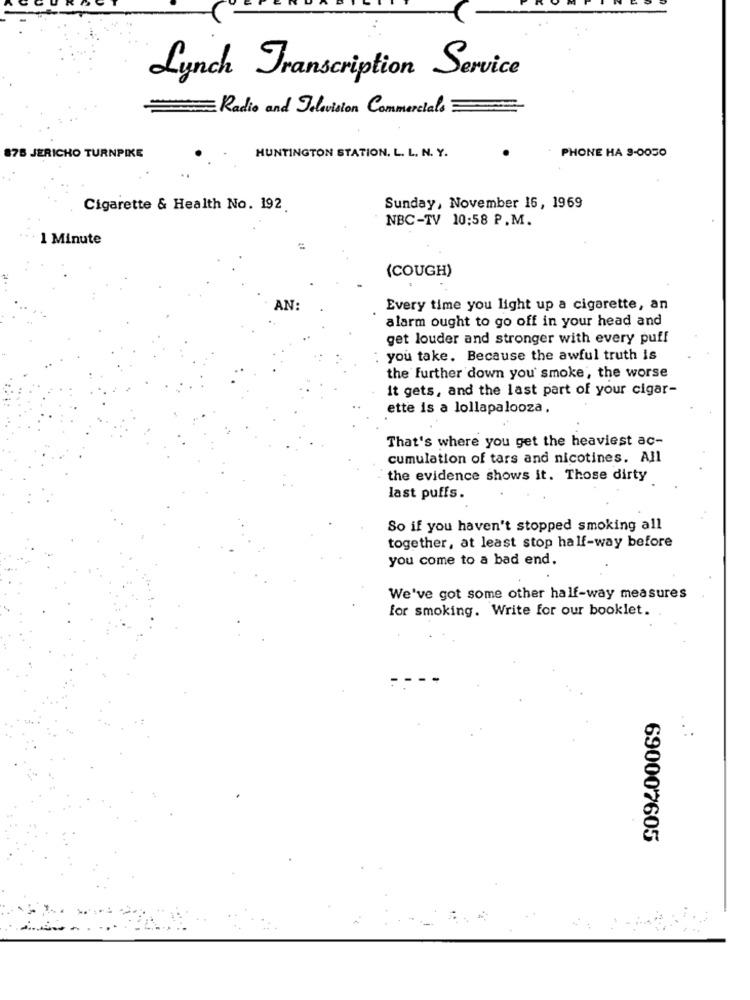
Lynch Transcription Service
Radio and Television Commercials
HUNTINGTON STATION. L. L. N. Y.
878 JERICHO TURNPIKE
PHONE HA 9-0050
Cigarette & Health No. 192.
Sunday, November 16, 1969
NBC-TV 10:58 P.M.
1 Minute
(COUGH)
Every time you light up a cigarette, an
alarm ought to go off in your head and
get louder and stronger with every puff
: you take. Because the awful truth is
the further down you' smoke, the worse
it gets, and the last part of your cigar-
ette is a lollapalooza.
That's where you get the heaviest ac-
cumulation of tars and nicotines. All
the evidence shows it. Those dirty
last puffs.
So if you haven't stopped smoking all
together, at least stop half-way before
you come to a bad end.
We've got some other half-way measures
for smoking. Write for our booklet.
..:
690007605